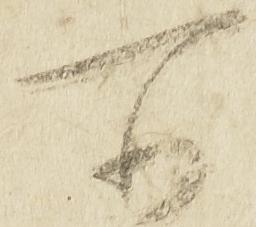
所